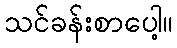
သင်ခန်းစာပေါ့။